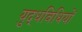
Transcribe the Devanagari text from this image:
युद्धविधियों